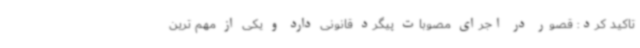
تاکید کرد: قصور در اجرای مصوبات پیگرد قانونی دارد و یکی از مهم ترین